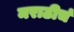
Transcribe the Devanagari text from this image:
मराठीचं